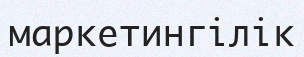
маркетингілік